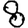
Digit: 8